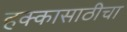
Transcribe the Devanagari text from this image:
हक्कासाठीचा